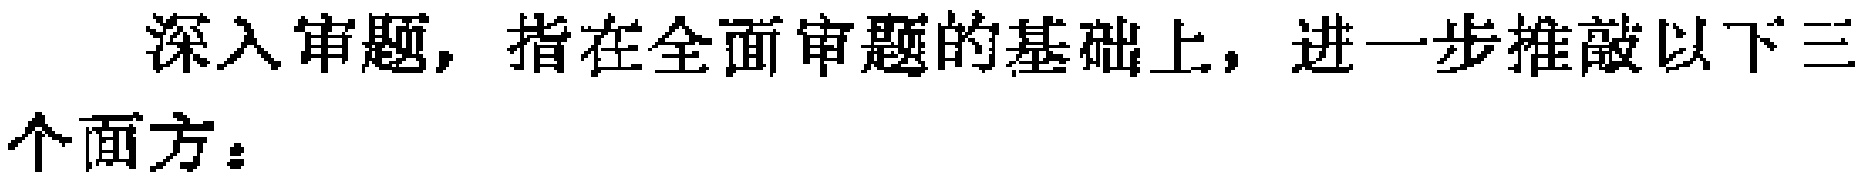
深入审题，指在全面审题的基础上，进一步推敲以下三个面方：